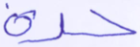
حرة